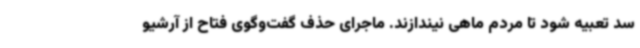
سد تعبیه شود تا مردم ماهی نیندازند. ماجرای حذف گفت‌وگوی فتاح از آرشیو